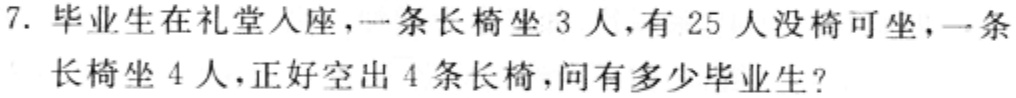
7. 毕业生在礼堂入座，一条长椅坐 3 人，有 25 人没椅可坐，一条长椅坐 4 人，正好空出 4 条长椅，问有多少毕业生？